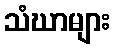
သံဃာများ